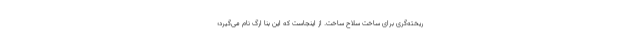
ریخته‌گری برای ساخت سلاح ساخت. از اینجاست که این بنا ارگ نام می‌گیرد؛